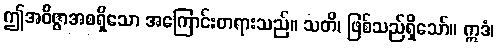
ဤအဝိဇ္ဇာအစရှိသော အကြောင်းတရားသည်။ သတိ၊ ဖြစ်သည်ရှိသော်။ ဣဒံ၊